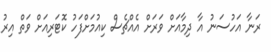
ރަނާ އަހުސަނު އާ ދިމާއަށް ވަރަށް އެއްޗެސް ކިއުމަށްފަހު ކޮޓަރިއަށް ވަތް އިރު